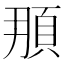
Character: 𩑫